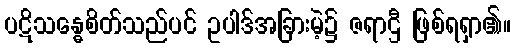
ပဋိသန္ဓေစိတ်သည်ပင် ဥပါဒ်အခြားမဲ့၌ ဇရာဌီ ဖြစ်ရရှာ၏။